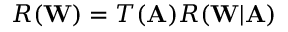
R ( \mathbf { W } ) = T ( \mathbf { A } ) R ( \mathbf { W } | \mathbf { A } )